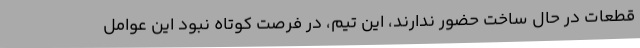
قطعات در حال ساخت حضور ندارند، این تیم، در فرصت کوتاه نبودِ این عوامل